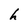
Character: h